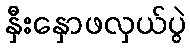
နှီးနှောဖလှယ်ပွဲ